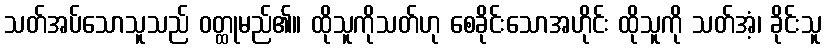
သတ်အပ်သောသူသည် ဝတ္ထုမည်၏။ ထိုသူကိုသတ်ဟု စေခိုင်းသောအဟိုင်း ထိုသူကို သတ်အံ့၊ ခိုင်းသူ